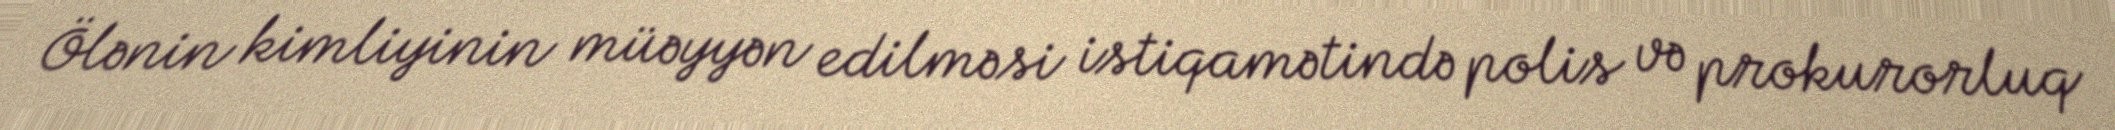
Ölənin kimliyinin müəyyən edilməsi istiqamətində polis və prokurorluq